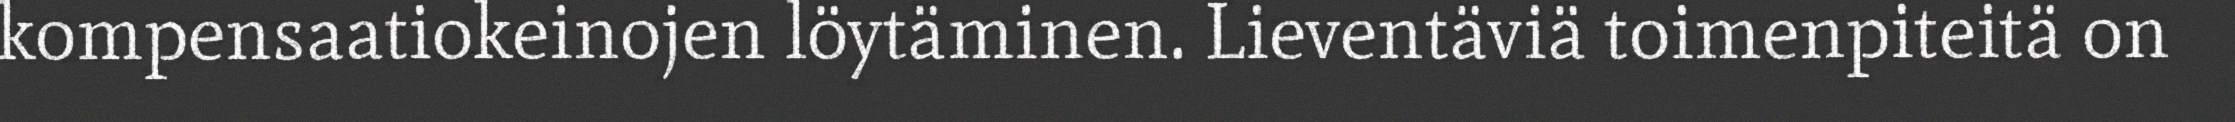
kompensaatiokeinojen löytäminen. Lieventäviä toimenpiteitä on